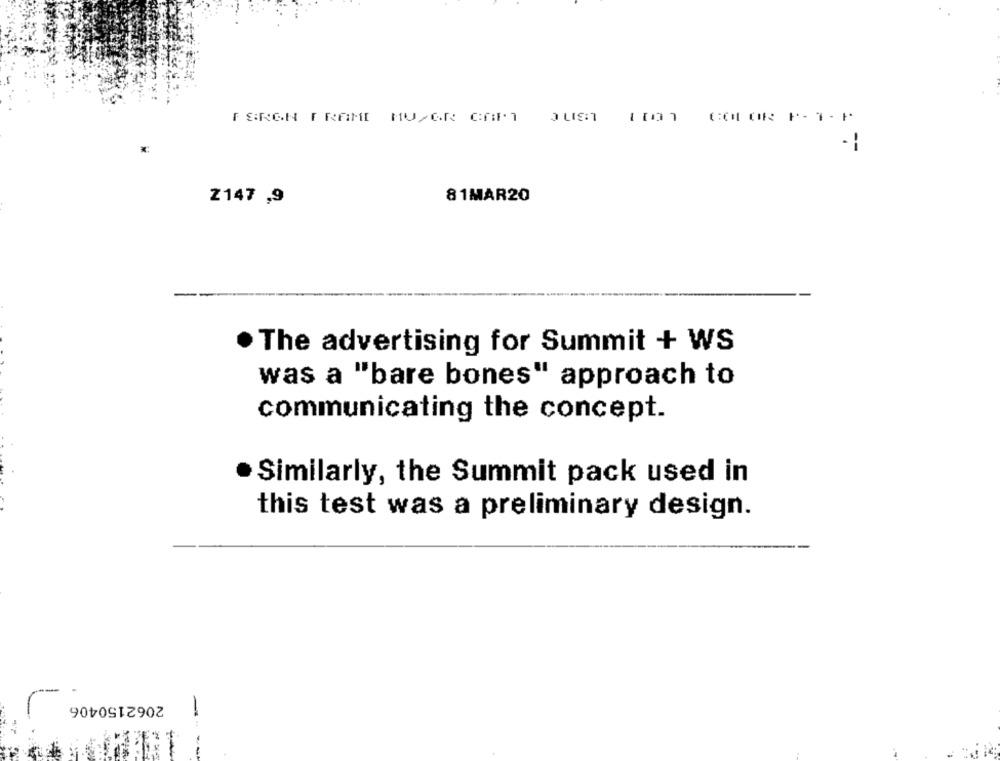
FERON FRAMI MUPGR CAPT JUST (10) COLOR P-1-F
81MAR20
Z147 ,9
The advertising for Summit + WS
was a "bare bones" approach to
communicating the concept.
Similarly, the Summit pack used in
this test was a preliminary design.
2062150406